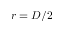
r = D / 2